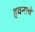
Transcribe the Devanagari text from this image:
हवनाचे